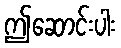
ဤဆောင်းပါး